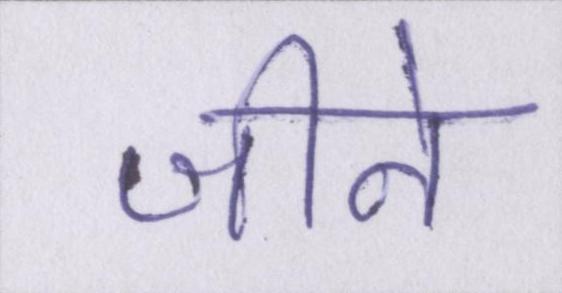
जीने